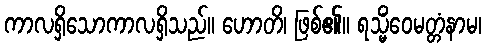
ကာလရှိသောကာလရှိသည်။ ဟောတိ၊ ဖြစ်၏။ ရသ္မိံဝေမတ္တံနာမ၊